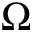
\Omega